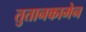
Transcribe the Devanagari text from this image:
तुतानकामेन